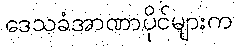
ဒေသခံအာဏာပိုင်များက